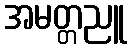
အမတ္တညူ